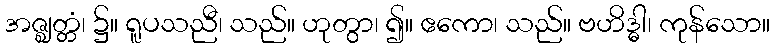
အဇ္ဈတ္တံ၊ ၌။ ရူပသညီ၊ သည်။ ဟုတွာ၊ ၍။ ဧကော၊ သည်။ ဗဟိဒ္ဓါ၊ ကုန်သော။